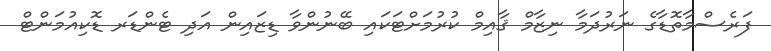
ފަރެސްމާތޮޑާގެ ނަރުދަމާ ނިޒާމް ޤާއިމް ކުރުމަށްޓަކައި ބޭނުންވާ ޑިޒައިން އަދި ޓެންޑަރ ޑޮކިއުމަންޓް